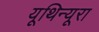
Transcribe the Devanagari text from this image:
यूथिन्यूरा